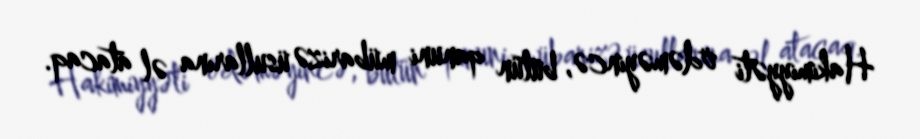
Hakimiyyəti ödəməyincə, bütün qanuni mübarizə üsullarına əl atacaq.